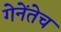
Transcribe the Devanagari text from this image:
गेनेंतेच